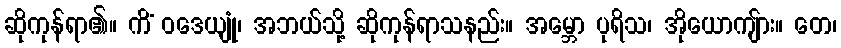
ဆိုကုန်ရာ၏။ ကိံ ဝဒေယျုံ၊ အဘယ်သို့ ဆိုကုန်ရာသနည်း။ အမ္ဘော ပုရိသ၊ အိုယောကျ်ား။ တေ၊